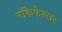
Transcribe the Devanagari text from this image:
रॉकेफेल्लर